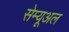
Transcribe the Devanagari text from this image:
सेम्यूअल